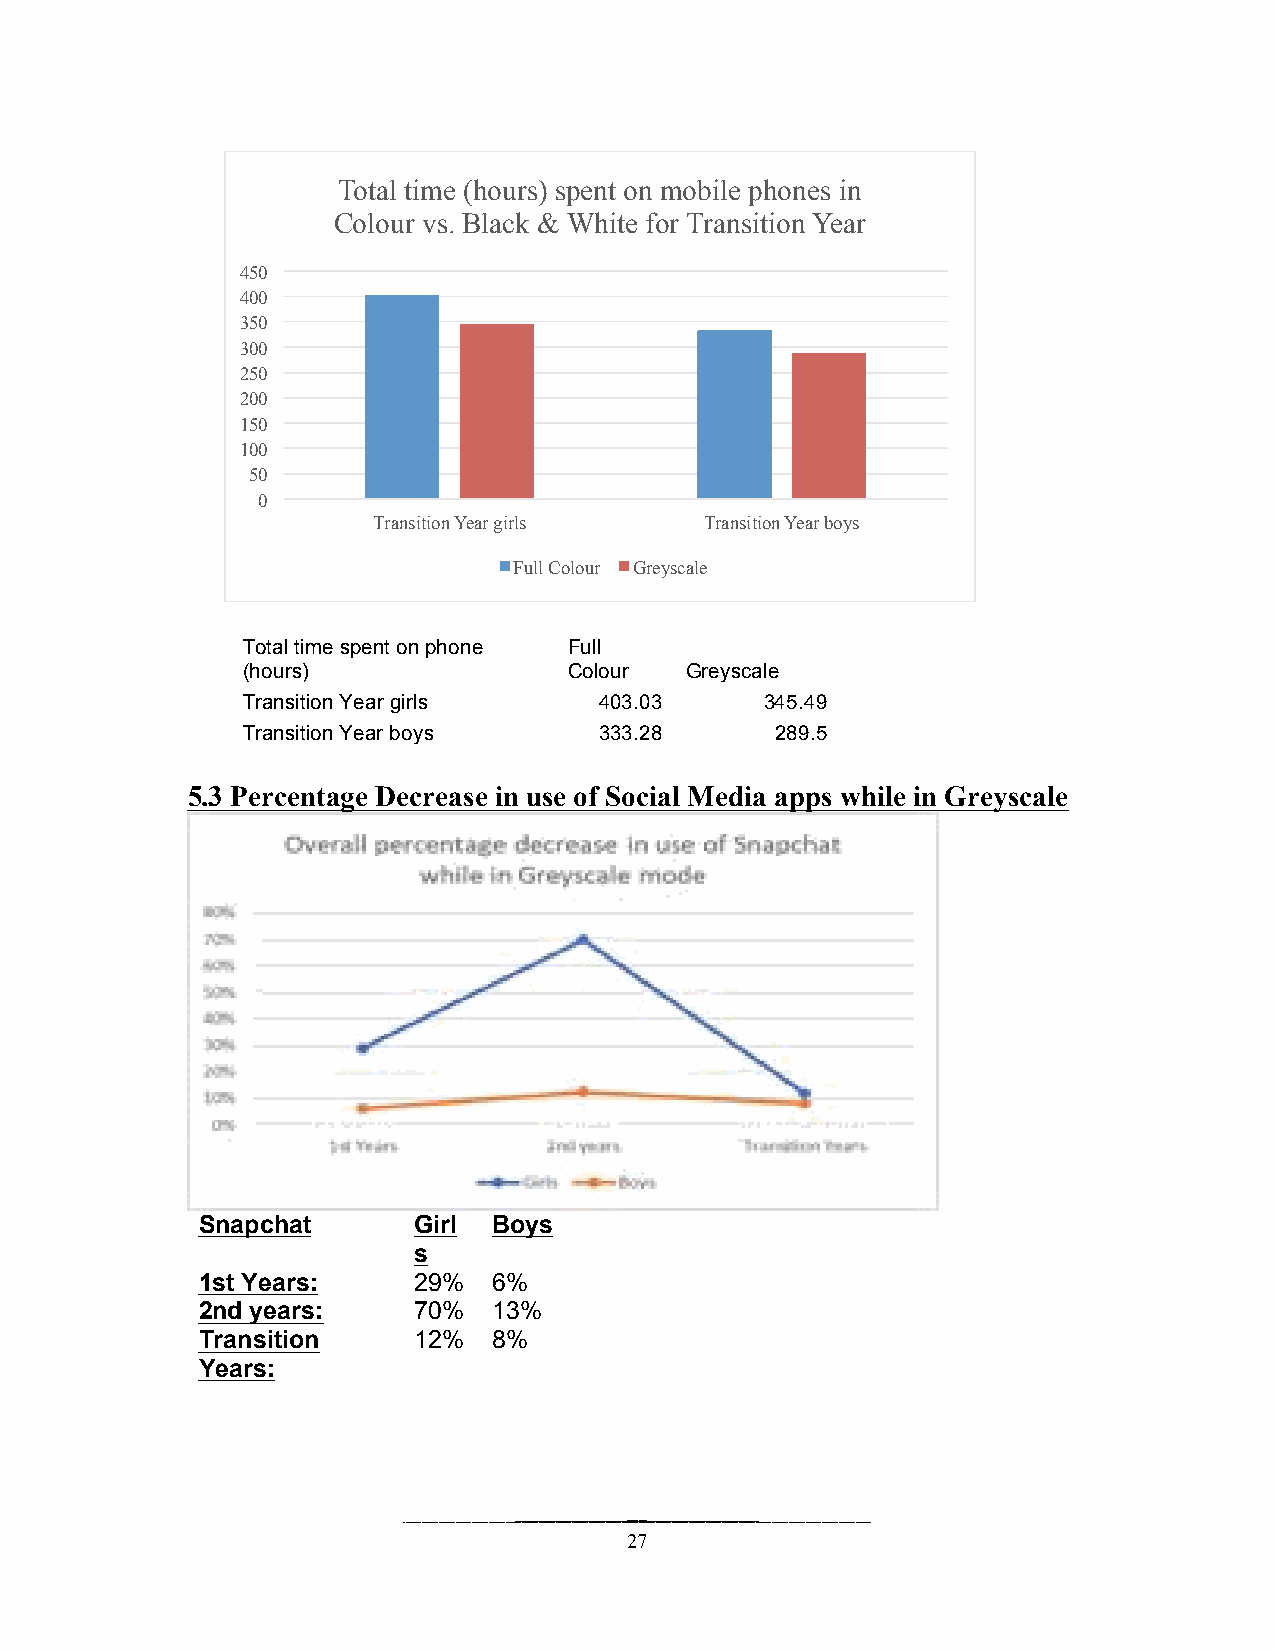
Total time (hours) spent on mobile phones in
 Colour vs. Black & White for Transition Year
 450
 400
 350
 300
 250
 200
 150
 100
 50
 0
 Transition Year girls Transition Year boys
 Full Colour Greyscale
 Total time spent on phone Full
 (hours)               Colour Greyscale
 Transition Year girls   403.03     345.49
 Transition Year boys    333.28     289.5
 5.3 Percentage Decrease in use of Social Media apps while in Greyscale
 Snapchat      Girl  Boys
 s
 1st Years:    29%   6%
 2nd years:    70%   13%
 Transition    12%   8%
 Years:
 27